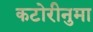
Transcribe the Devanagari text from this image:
कटोरीनुमा